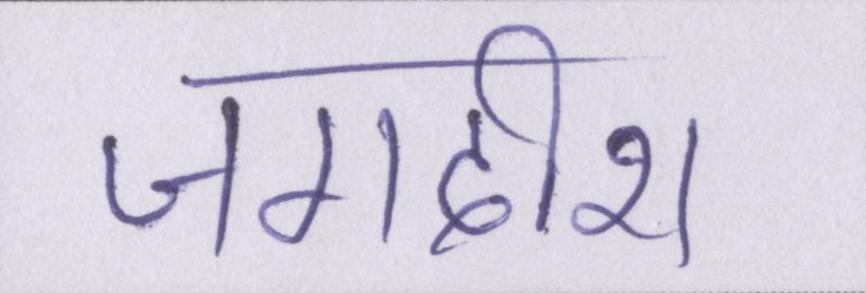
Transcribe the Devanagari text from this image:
जगदीश